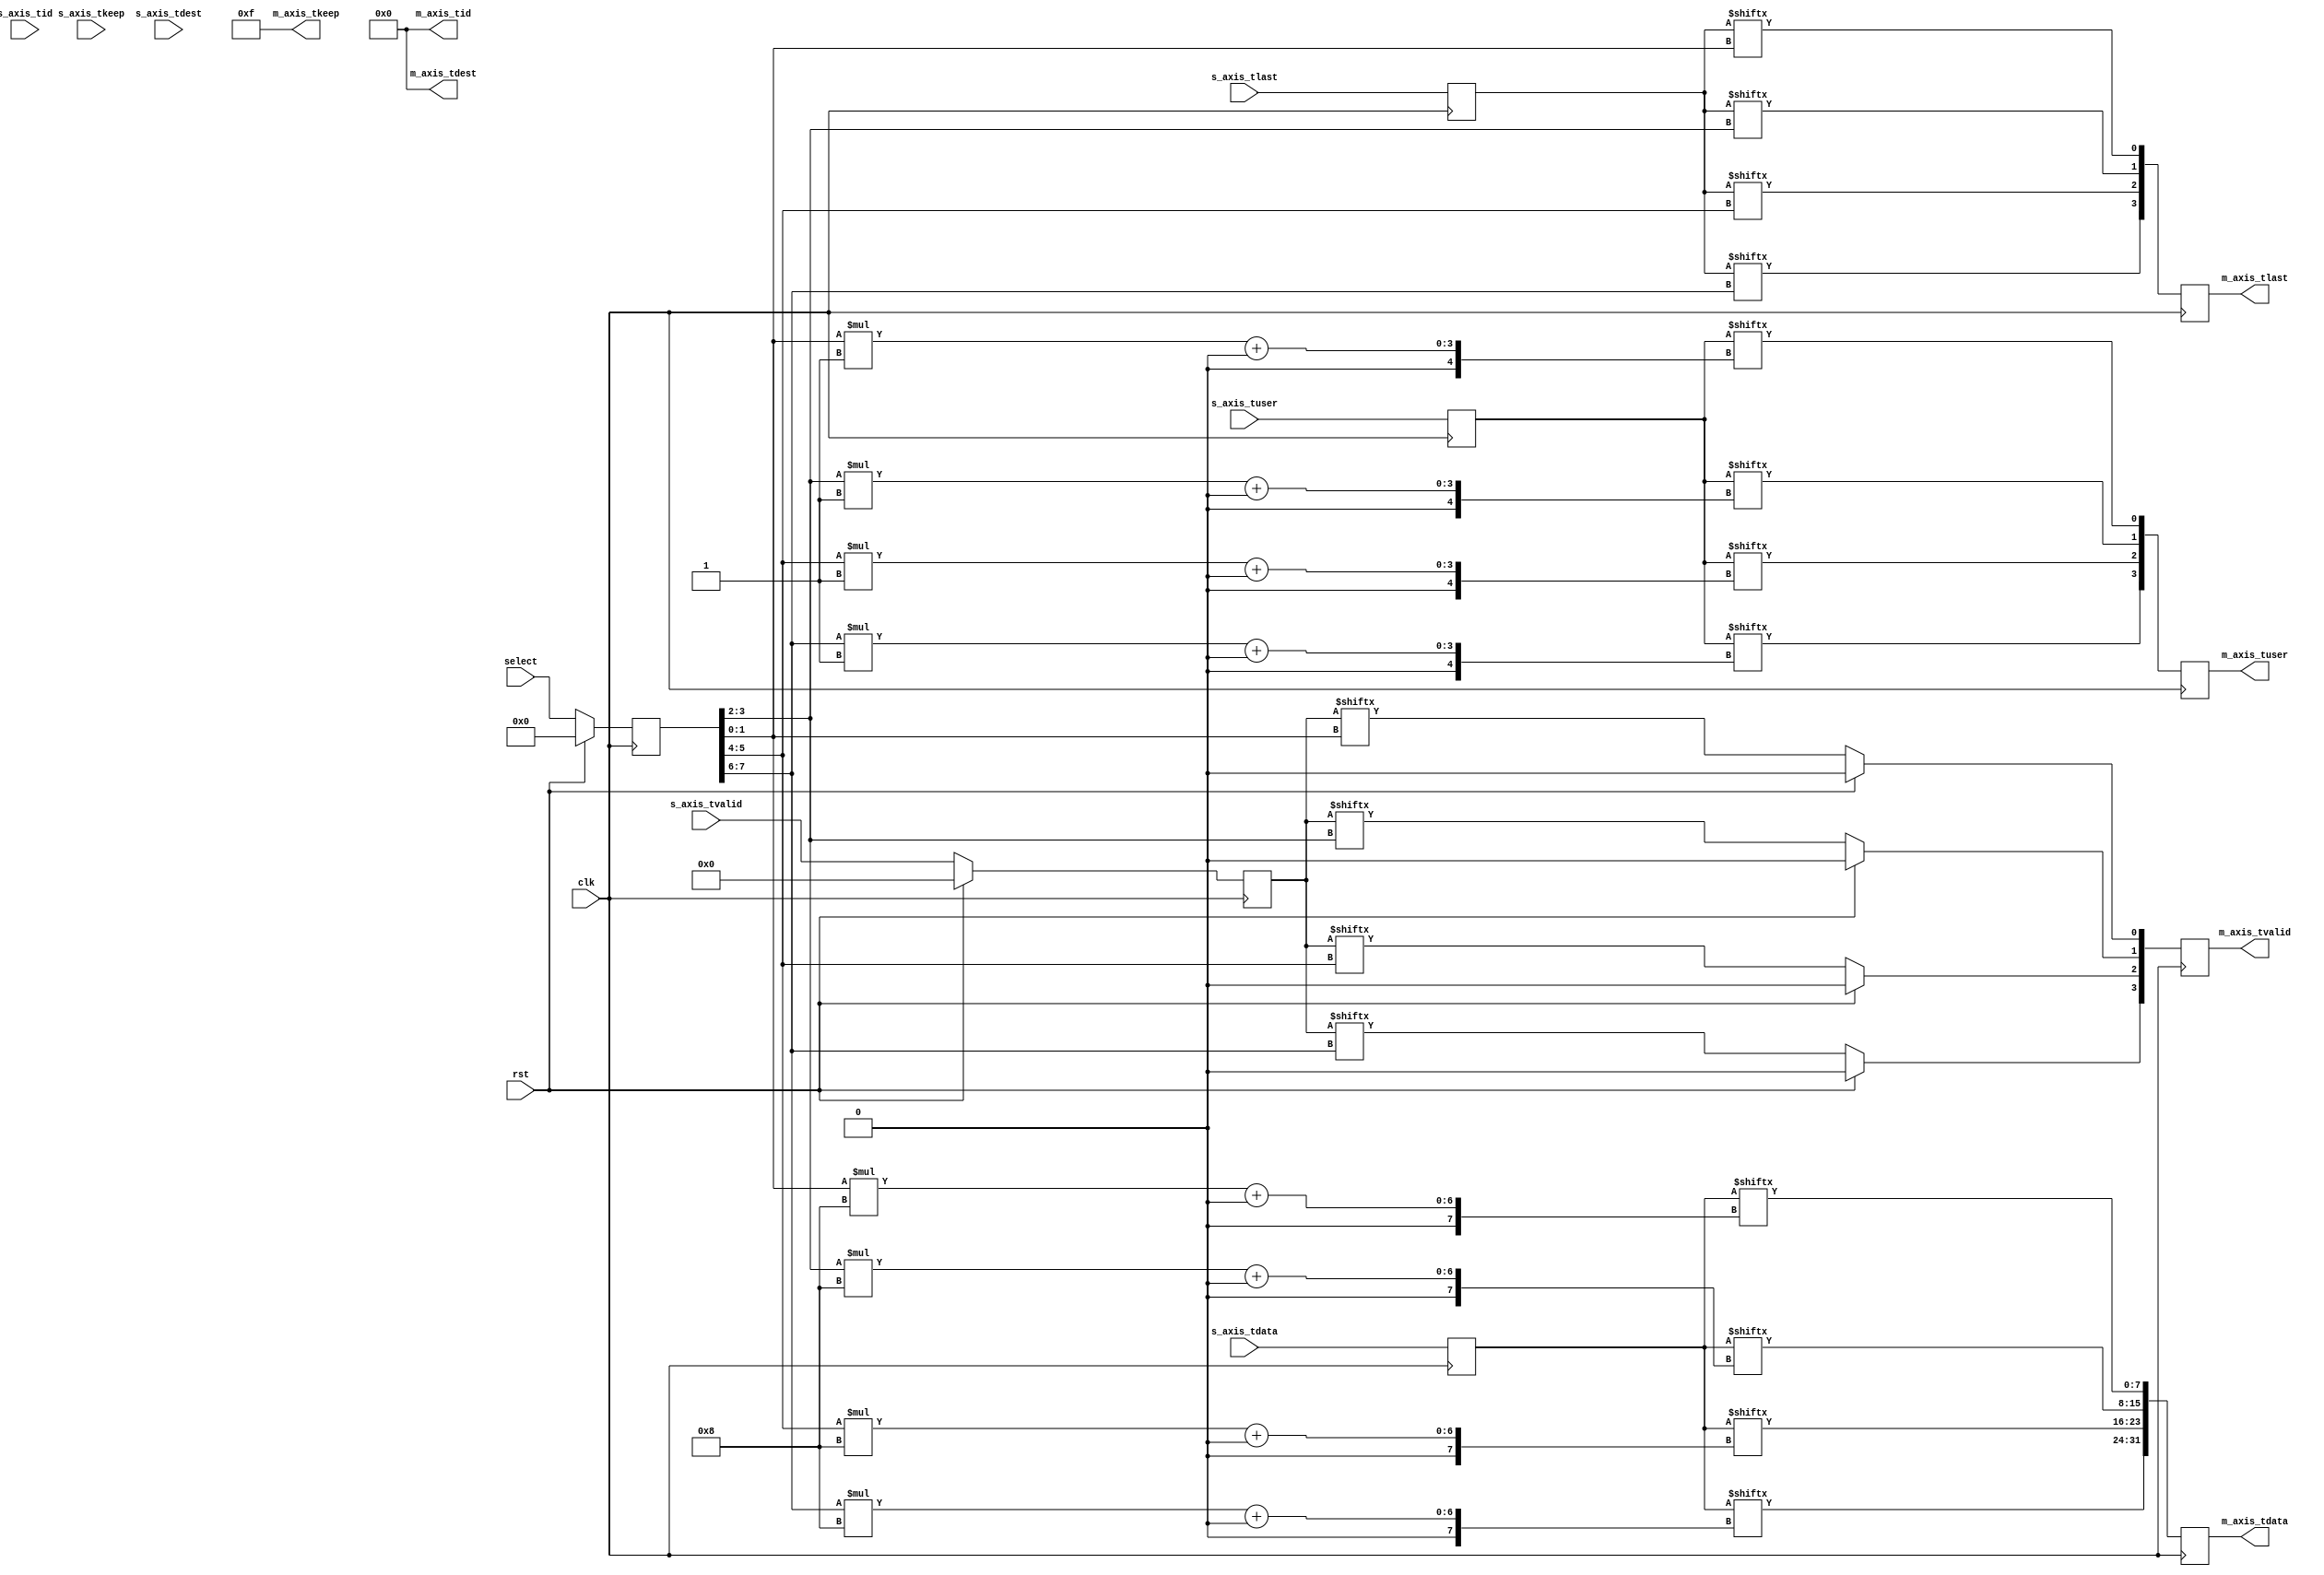
/*

Copyright (c) 2014-2018 Alex Forencich

Permission is hereby granted, free of charge, to any person obtaining a copy
of this software and associated documentation files (the "Software"), to deal
in the Software without restriction, including without limitation the rights
to use, copy, modify, merge, publish, distribute, sublicense, and/or sell
copies of the Software, and to permit persons to whom the Software is
furnished to do so, subject to the following conditions:

The above copyright notice and this permission notice shall be included in
all copies or substantial portions of the Software.

THE SOFTWARE IS PROVIDED "AS IS", WITHOUT WARRANTY OF ANY KIND, EXPRESS OR
IMPLIED, INCLUDING BUT NOT LIMITED TO THE WARRANTIES OF MERCHANTABILITY
FITNESS FOR A PARTICULAR PURPOSE AND NONINFRINGEMENT. IN NO EVENT SHALL THE
AUTHORS OR COPYRIGHT HOLDERS BE LIABLE FOR ANY CLAIM, DAMAGES OR OTHER
LIABILITY, WHETHER IN AN ACTION OF CONTRACT, TORT OR OTHERWISE, ARISING FROM,
OUT OF OR IN CONNECTION WITH THE SOFTWARE OR THE USE OR OTHER DEALINGS IN
THE SOFTWARE.

*/

// Language: Verilog 2001

`resetall
`timescale 1ns / 1ps
`default_nettype none

/*
 * AXI4-Stream crosspoint
 */
module axis_crosspoint #
(
    // Number of AXI stream inputs
    parameter S_COUNT = 4,
    // Number of AXI stream outputs
    parameter M_COUNT = 4,
    // Width of AXI stream interfaces in bits
    parameter DATA_WIDTH = 8,
    // Propagate tkeep signal
    parameter KEEP_ENABLE = (DATA_WIDTH>8),
    // tkeep signal width (words per cycle)
    parameter KEEP_WIDTH = ((DATA_WIDTH+7)/8),
    // Propagate tlast signal
    parameter LAST_ENABLE = 1,
    // Propagate tid signal
    parameter ID_ENABLE = 0,
    // tid signal width
    parameter ID_WIDTH = 8,
    // Propagate tdest signal
    parameter DEST_ENABLE = 0,
    // tdest signal width
    parameter DEST_WIDTH = 8,
    // Propagate tuser signal
    parameter USER_ENABLE = 1,
    // tuser signal width
    parameter USER_WIDTH = 1
)
(
    input  wire                               clk,
    input  wire                               rst,

    /*
     * AXI Stream inputs
     */
    input  wire [S_COUNT*DATA_WIDTH-1:0]      s_axis_tdata,
    input  wire [S_COUNT*KEEP_WIDTH-1:0]      s_axis_tkeep,
    input  wire [S_COUNT-1:0]                 s_axis_tvalid,
    input  wire [S_COUNT-1:0]                 s_axis_tlast,
    input  wire [S_COUNT*ID_WIDTH-1:0]        s_axis_tid,
    input  wire [S_COUNT*DEST_WIDTH-1:0]      s_axis_tdest,
    input  wire [S_COUNT*USER_WIDTH-1:0]      s_axis_tuser,

    /*
     * AXI Stream outputs
     */
    output wire [M_COUNT*DATA_WIDTH-1:0]      m_axis_tdata,
    output wire [M_COUNT*KEEP_WIDTH-1:0]      m_axis_tkeep,
    output wire [M_COUNT-1:0]                 m_axis_tvalid,
    output wire [M_COUNT-1:0]                 m_axis_tlast,
    output wire [M_COUNT*ID_WIDTH-1:0]        m_axis_tid,
    output wire [M_COUNT*DEST_WIDTH-1:0]      m_axis_tdest,
    output wire [M_COUNT*USER_WIDTH-1:0]      m_axis_tuser,

    /*
     * Control
     */
    input  wire [M_COUNT*$clog2(S_COUNT)-1:0] select
);

parameter CL_S_COUNT = $clog2(S_COUNT);

reg [S_COUNT*DATA_WIDTH-1:0] s_axis_tdata_reg = {S_COUNT*DATA_WIDTH{1'b0}};
reg [S_COUNT*KEEP_WIDTH-1:0] s_axis_tkeep_reg = {S_COUNT*KEEP_WIDTH{1'b0}};
reg [S_COUNT-1:0]            s_axis_tvalid_reg = {S_COUNT{1'b0}};
reg [S_COUNT-1:0]            s_axis_tlast_reg = {S_COUNT{1'b0}};
reg [S_COUNT*ID_WIDTH-1:0]   s_axis_tid_reg = {S_COUNT*ID_WIDTH{1'b0}};
reg [S_COUNT*DEST_WIDTH-1:0] s_axis_tdest_reg = {S_COUNT*DEST_WIDTH{1'b0}};
reg [S_COUNT*USER_WIDTH-1:0] s_axis_tuser_reg = {S_COUNT*USER_WIDTH{1'b0}};

reg [M_COUNT*DATA_WIDTH-1:0] m_axis_tdata_reg = {M_COUNT*DATA_WIDTH{1'b0}};
reg [M_COUNT*KEEP_WIDTH-1:0] m_axis_tkeep_reg = {M_COUNT*KEEP_WIDTH{1'b0}};
reg [M_COUNT-1:0]            m_axis_tvalid_reg = {M_COUNT{1'b0}};
reg [M_COUNT-1:0]            m_axis_tlast_reg = {M_COUNT{1'b0}};
reg [M_COUNT*ID_WIDTH-1:0]   m_axis_tid_reg = {M_COUNT*ID_WIDTH{1'b0}};
reg [M_COUNT*DEST_WIDTH-1:0] m_axis_tdest_reg = {M_COUNT*DEST_WIDTH{1'b0}};
reg [M_COUNT*USER_WIDTH-1:0] m_axis_tuser_reg = {M_COUNT*USER_WIDTH{1'b0}};

reg [M_COUNT*CL_S_COUNT-1:0] select_reg = {M_COUNT*CL_S_COUNT{1'b0}};

assign m_axis_tdata  = m_axis_tdata_reg;
assign m_axis_tkeep  = KEEP_ENABLE ? m_axis_tkeep_reg : {M_COUNT*KEEP_WIDTH{1'b1}};
assign m_axis_tvalid = m_axis_tvalid_reg;
assign m_axis_tlast  = LAST_ENABLE ? m_axis_tlast_reg : {M_COUNT{1'b1}};
assign m_axis_tid    = ID_ENABLE   ? m_axis_tid_reg   : {M_COUNT*ID_WIDTH{1'b0}};
assign m_axis_tdest  = DEST_ENABLE ? m_axis_tdest_reg : {M_COUNT*DEST_WIDTH{1'b0}};
assign m_axis_tuser  = USER_ENABLE ? m_axis_tuser_reg : {M_COUNT*USER_WIDTH{1'b0}};

integer i;

always @(posedge clk) begin
    s_axis_tdata_reg <= s_axis_tdata;
    s_axis_tkeep_reg <= s_axis_tkeep;
    s_axis_tvalid_reg <= s_axis_tvalid;
    s_axis_tlast_reg <= s_axis_tlast;
    s_axis_tid_reg   <= s_axis_tid;
    s_axis_tdest_reg <= s_axis_tdest;
    s_axis_tuser_reg <= s_axis_tuser;

    select_reg <= select;

    for (i = 0; i < M_COUNT; i = i + 1) begin
        m_axis_tdata_reg[i*DATA_WIDTH +: DATA_WIDTH] <= s_axis_tdata_reg[select_reg[i*CL_S_COUNT +: CL_S_COUNT]*DATA_WIDTH +: DATA_WIDTH];
        m_axis_tkeep_reg[i*KEEP_WIDTH +: KEEP_WIDTH] <= s_axis_tkeep_reg[select_reg[i*CL_S_COUNT +: CL_S_COUNT]*KEEP_WIDTH +: KEEP_WIDTH];
        m_axis_tvalid_reg[i] <= s_axis_tvalid_reg[select_reg[i*CL_S_COUNT +: CL_S_COUNT]];
        m_axis_tlast_reg[i]                          <= s_axis_tlast_reg[select_reg[i*CL_S_COUNT +: CL_S_COUNT]];
        m_axis_tid_reg[i*ID_WIDTH +: ID_WIDTH]       <= s_axis_tid_reg[select_reg[i*CL_S_COUNT +: CL_S_COUNT]*ID_WIDTH +: ID_WIDTH];
        m_axis_tdest_reg[i*DEST_WIDTH +: DEST_WIDTH] <= s_axis_tdest_reg[select_reg[i*CL_S_COUNT +: CL_S_COUNT]*DEST_WIDTH +: DEST_WIDTH];
        m_axis_tuser_reg[i*USER_WIDTH +: USER_WIDTH] <= s_axis_tuser_reg[select_reg[i*CL_S_COUNT +: CL_S_COUNT]*USER_WIDTH +: USER_WIDTH];
    end

    if (rst) begin
        s_axis_tvalid_reg <= {S_COUNT{1'b0}};
        m_axis_tvalid_reg <= {S_COUNT{1'b0}};
        select_reg <= {M_COUNT*CL_S_COUNT{1'b0}};
    end
end

endmodule

`resetall